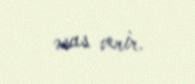
əsas verir.